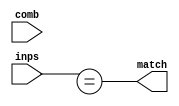
module matches(inps, comb, match);
	input [3:0] comb, inps;
	// Just check for a match. Should not cause an issue since
	// clock speed is too fast for intermediate change between
	// checks in FSM.
	output match;
	assign match = (inps == combs);
endmodule